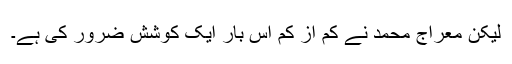
لیکن معراج محمد نے کم از کم اس بار ایک کوشش ضرور کی ہے۔